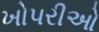
ખોપરીઓ